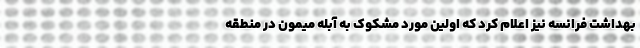
بهداشت فرانسه نیز اعلام کرد که اولین مورد مشکوک به آبله میمون در منطقه